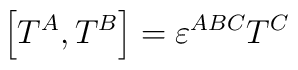
\left[ T^A,T^B\right] =\varepsilon ^{ABC}T^C\,\,